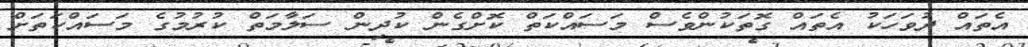
އެތައް ދުވަހަކު އެތައް ގޮތަކުންވެސް މަސައްކަތް ކޮށްގެން ކުދިން ސަލާމަތް ކުރުމުގެ މަސައްކަތަށް